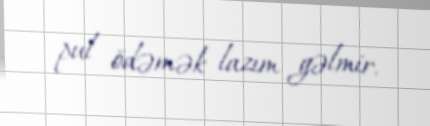
pul ödəmək lazım gəlmir.